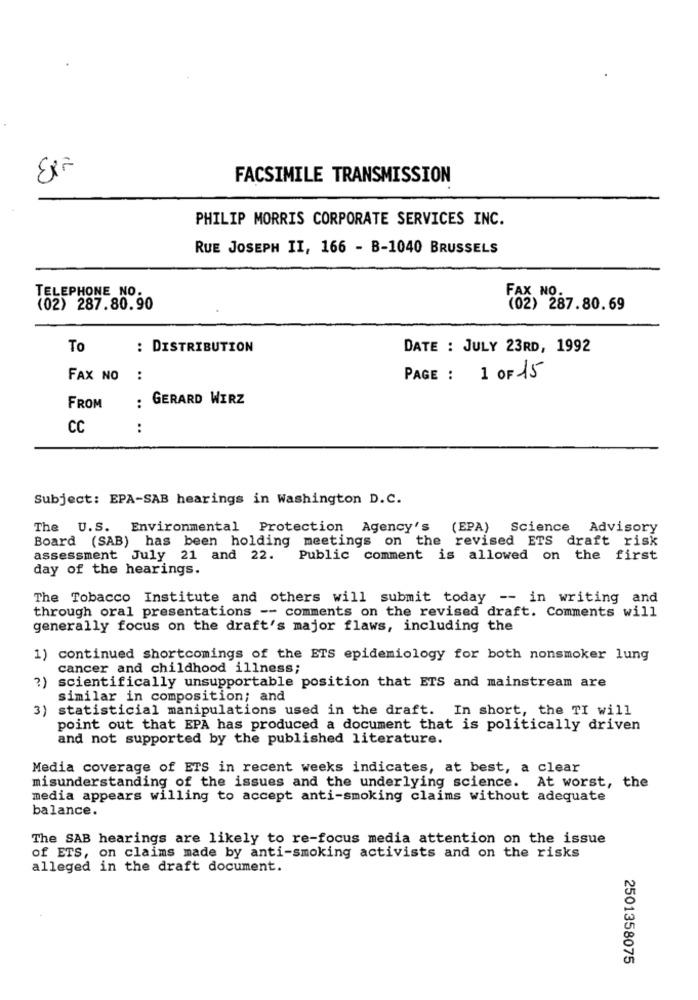
FACSIMILE TRANSMISSION
PHILIP MORRIS CORPORATE SERVICES INC.
RUE JOSEPH II, 166 - B-1040 BRUSSELS
TELEPHONE NO.
(02) 287.80.90
(02) 287.80. 69
To
: DISTRIBUTION
DATE : JULY 23RD, 1992
FAX NO :
PAGE :
1 OF 15
: GERARD WIRZ
FROM
CC
:
Subject: EPA-SAB hearings in Washington D.C.
The U.S. Environmental Protection Agency's (EPA) Science Advisory
Board (SAB) has been holding meetings on the revised ETS draft risk
assessment July 21 and 22. Public comment is allowed on the first
day of the hearings.
The Tobacco Institute and others will submit today -- in writing and
through oral presentations -- comments on the revised draft. Comments will
generally focus on the draft's major flaws, including the
1) continued shortcomings of the ETS epidemiology for both nonsmoker lung
cancer and childhood illness;
?)
scientifically unsupportable position that ETS and mainstream are
similar in composition; and
3)
statisticial manipulations used in the draft. In short, the TI will
point out that EPA has produced a document that is politically driven
and not supported by the published literature.
Media coverage of ETS in recent weeks indicates, at best, a clear
misunderstanding of the issues and the underlying science. At worst, the
media appears willing to accept anti-smoking claims without adequate
balance.
The SAB hearings are likely to re-focus media attention on the issue
of ETS, on claims made by anti-smoking activists and on the risks
alleged in the draft document.
2501358075